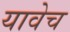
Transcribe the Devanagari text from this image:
यावेच